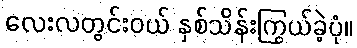
လေးလတွင်းဝယ် နှစ်သိန်းကြွယ်ခဲ့ပုံ။